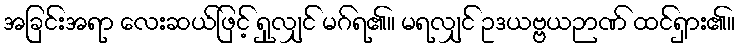
အခြင်းအရာ လေးဆယ်ဖြင့် ရှုလျှင် မဂ်ရ၏။ မရလျှင် ဥဒယဗ္ဗယဉာဏ် ထင်ရှား၏။